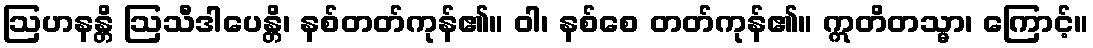
ဩဟနန္တိ ဩသီဒါပေန္တိ၊ နစ်တတ်ကုန်၏။ ဝါ၊ နစ်စေ တတ်ကုန်၏။ ဣတိတသ္မာ၊ ကြောင့်။